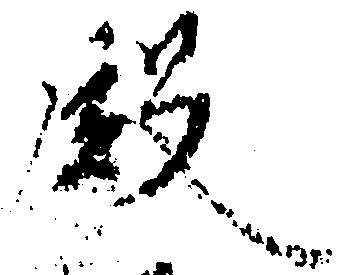
殿